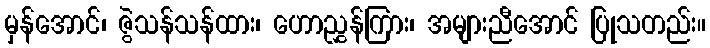
မှန်အောင်၊ ဇွဲသန်သန်ထား၊ ဟောညွှန်ကြား၊ အများညီအောင် ပြုသတည်း။